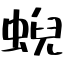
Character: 蜺